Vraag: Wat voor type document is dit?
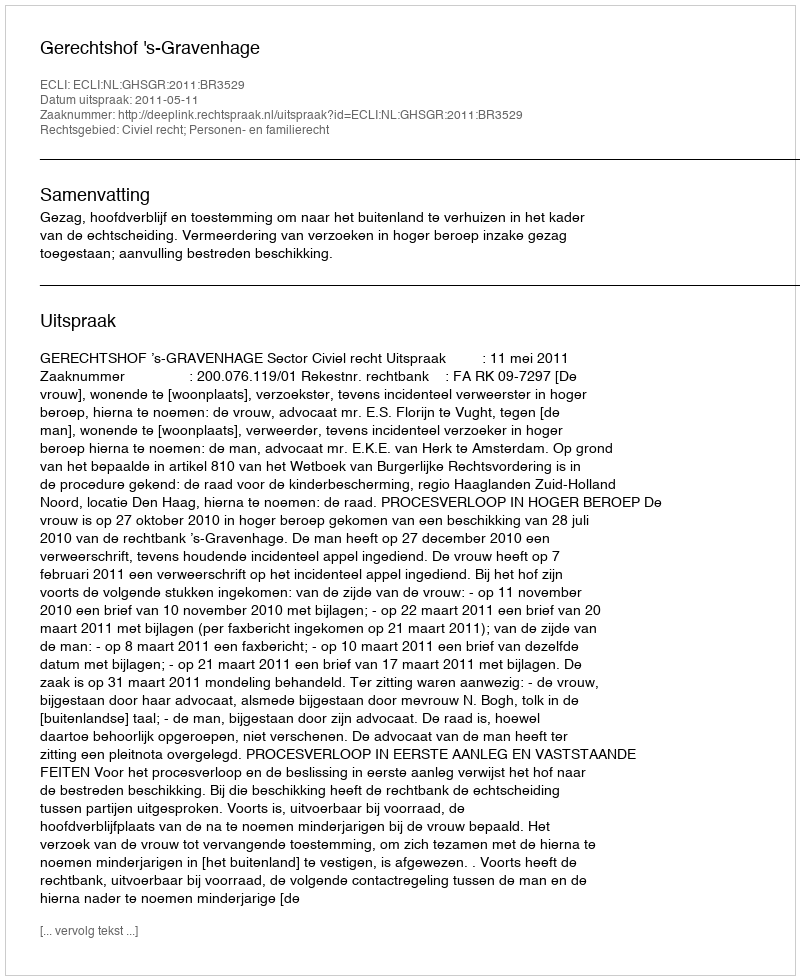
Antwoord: Uitspraak